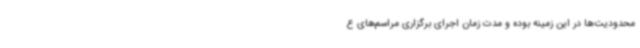
محدودیت‌ها در این زمینه بوده و مدت زمان اجرای برگزاری مراسم‌های ع